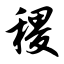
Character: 稷